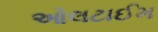
ઓલટાઈમ